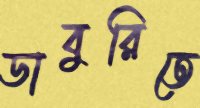
ডাবুরিতে